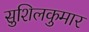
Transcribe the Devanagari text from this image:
सुशिलकुमार